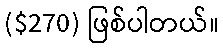
($270) ဖြစ်ပါတယ်။